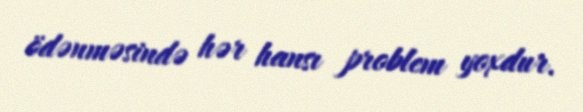
ödənməsində hər hansı problem yoxdur.